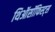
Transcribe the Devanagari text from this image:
थिऑसॉफिस्ट्स